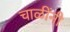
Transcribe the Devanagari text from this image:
चाळींनी